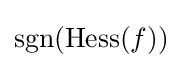
\mathrm {sgn} (\mathrm {Hess} (f))